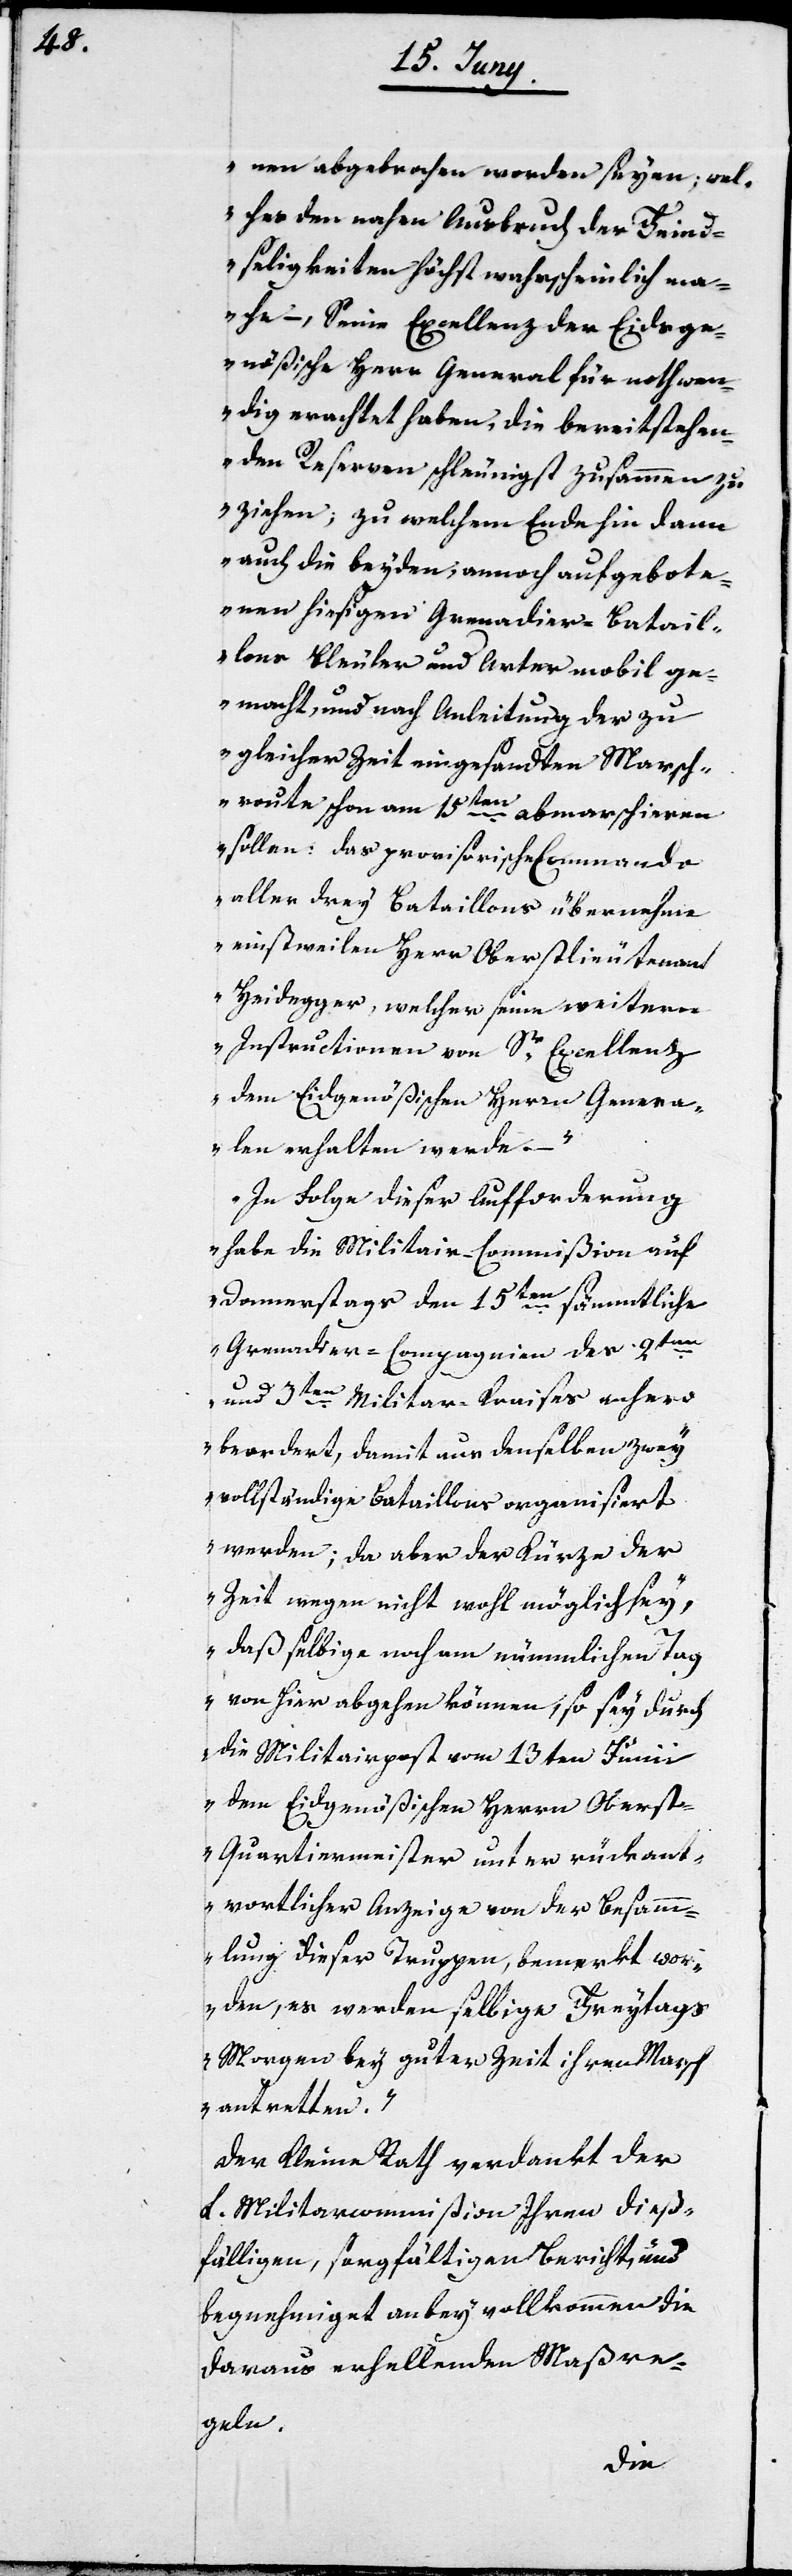
nen abgebrochen worden seyen; wel¬
ches den nahen Ausbruch der Feind¬
seligkeiten höchst wahrscheinlich ma¬
che –, Seine Excellenz der Eidsge¬
nößische Herr General für nothwen¬
dig erachtet haben, die bereitstehen¬
den Reserven schleunigst zusammen zu
ziehen; zu welchem Ende hin dann
auch die beyden, annoch aufgebote¬
nen hiesigen Grenadier-Batail¬
lons Bleuler und Arter mobil ge¬
macht, und nach Anleitung der zu
gleicher Zeit eingesandten Marsch¬
route schon am 15ten abmarschieren
sollen: das provisorische Commando
aller drey Bataillons übernehme
einstweilen Herr Oberstlieutenant
Heidegger, welcher seine weitern
Instructionen von Sr Excellenz
dem Eidgenößischen Herrn Genera¬
len erhalten werde. –
In Folge dieser Aufforderung
habe die Militair-Commißion auf
Donnerstags den 15ten sämmtliche
Grenadier-Compagnien des 2ten
und 3ten Militar-Kraises anhero
beordert, damit aus denselben zwey
vollständige Bataillons organisiert
werden; da aber der Kürze der
Zeit wegen nicht wohl möglich sey,
daßselbige noch am nämmlichen Tag
von hier abgehen können, so sey durch
die Militairpost vom 13ten Junii
dem Eidgenößischen Herrn Obers¬
t-Quartiermeister unter rückant¬
wortlicher Anzeige von der Besam¬
mlung dieser Truppen, bemerkt wor¬
den, es werden selbige Freytags
Morgen bey guter Zeit ihren Marsch
antretten.“
Der Kleine Rath verdankt der
L. Militarcommißion Ihren dieß¬
fälligen, sorgfältigen Bericht, und
begnehmiget anbey vollkommen die
daraus erhellenden Maßre¬
geln.